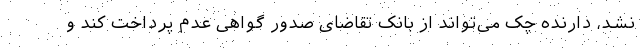
نشد، دارنده چک می‌تواند از بانک تقاضای صدور گواهی عدم پرداخت کند و